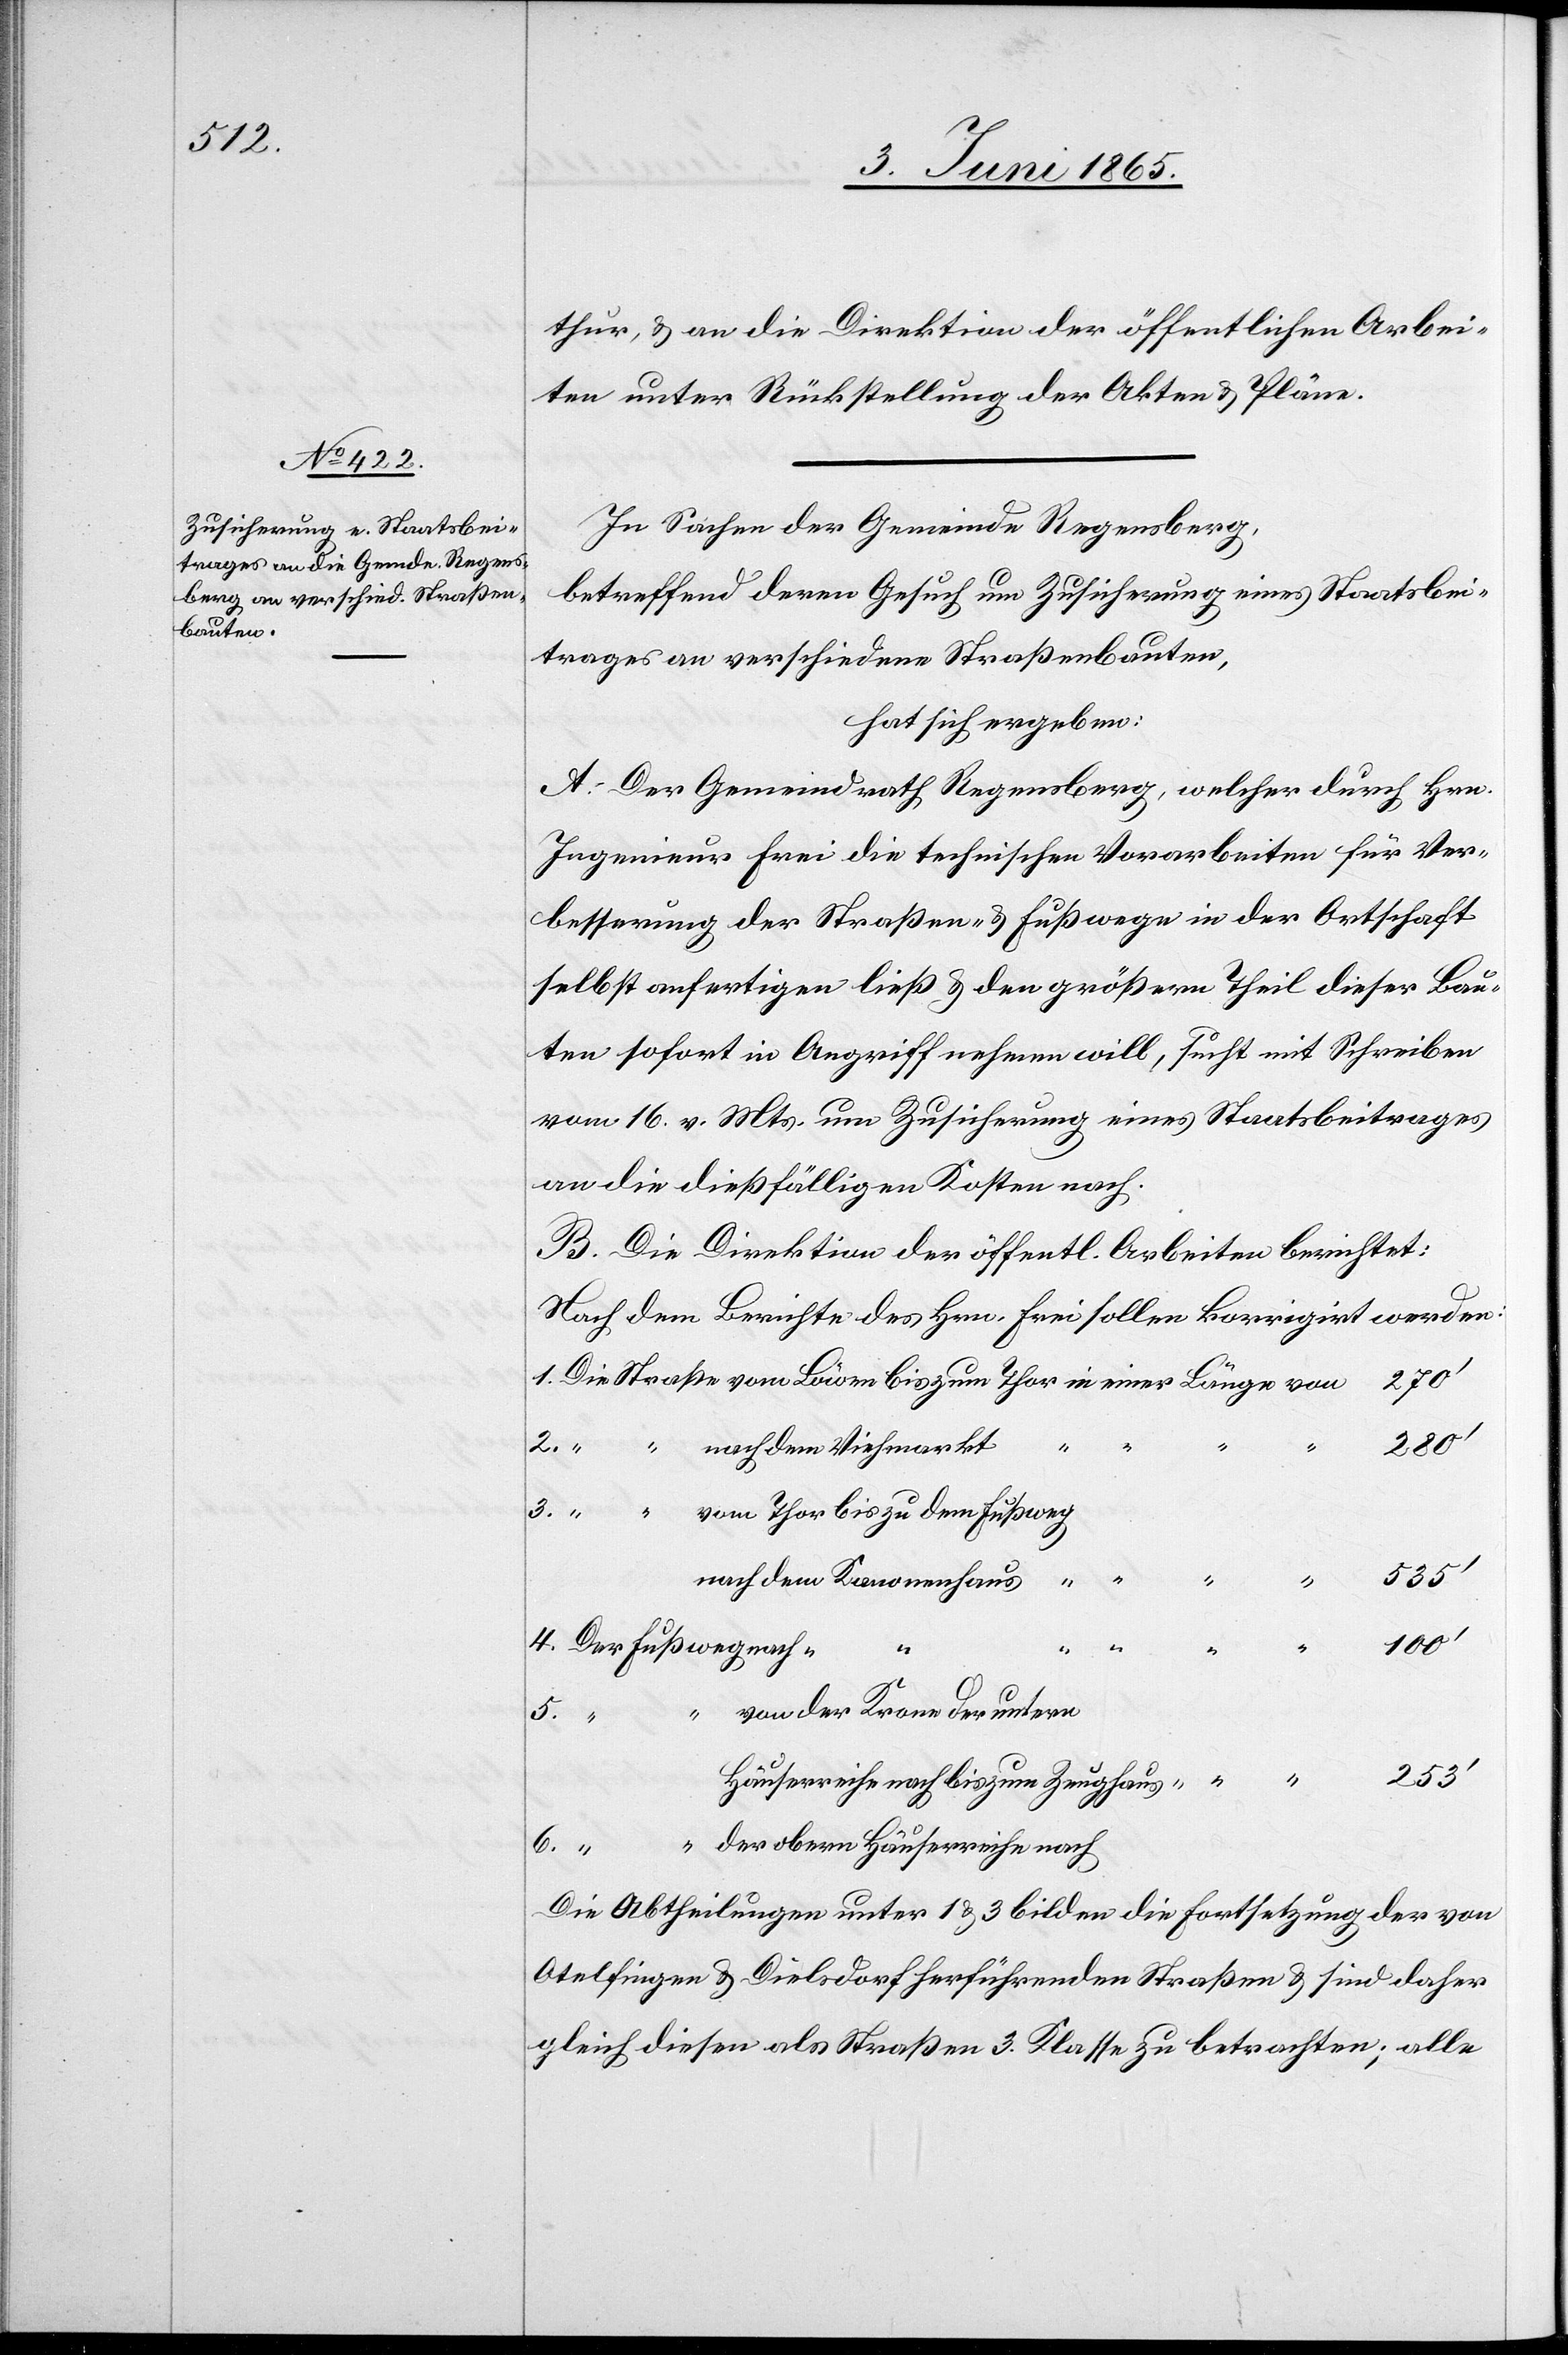
thur, & an die Direktion der öffentlichen Arbei¬
ten unter Rückstellung der Akten & Pläne.
In Sachen der Gemeinde Regensberg,
betreffend deren Gesuch um Zusicherung eines Staatsbei¬
trages an verschiedene Straßenbauten,
hat sich ergeben:
A. Der Gemeindrath Regensberg, welcher durch Hrn.
Ingenieur Frei die technischen Vorarbeiten für Ver¬
besserung der Straßen- & Fußwege in der Ortschaft
selbst anfertigen ließ & den größern Theil dieser Bau¬
ten sofort in Angriff nehmen will, sucht mit Schreiben
vom 16. v. Mts. um Zusicherung eines Staatsbeitrages
an die dießfälligen Kosten nach.
B. Die Direktion der öffentl. Arbeiten berichtet:
Nach dem Berichte des Hrn. Frei sollen korrigirt werden:
2.
“
nach dem Viehmarkt
6.
vom Thor bis zu dem Fußweg
4.
von der Krone der untern
“ “
5.
der obern Häuserreihe nach
253’
Die Abtheilungen unter 1 & 3 bilden die Fortsetzung der von
Otelfingen & Dielsdorf herführenden Straßen & sind daher
gleich diesen als Straßen 3. Klasse zu betrachten; alle